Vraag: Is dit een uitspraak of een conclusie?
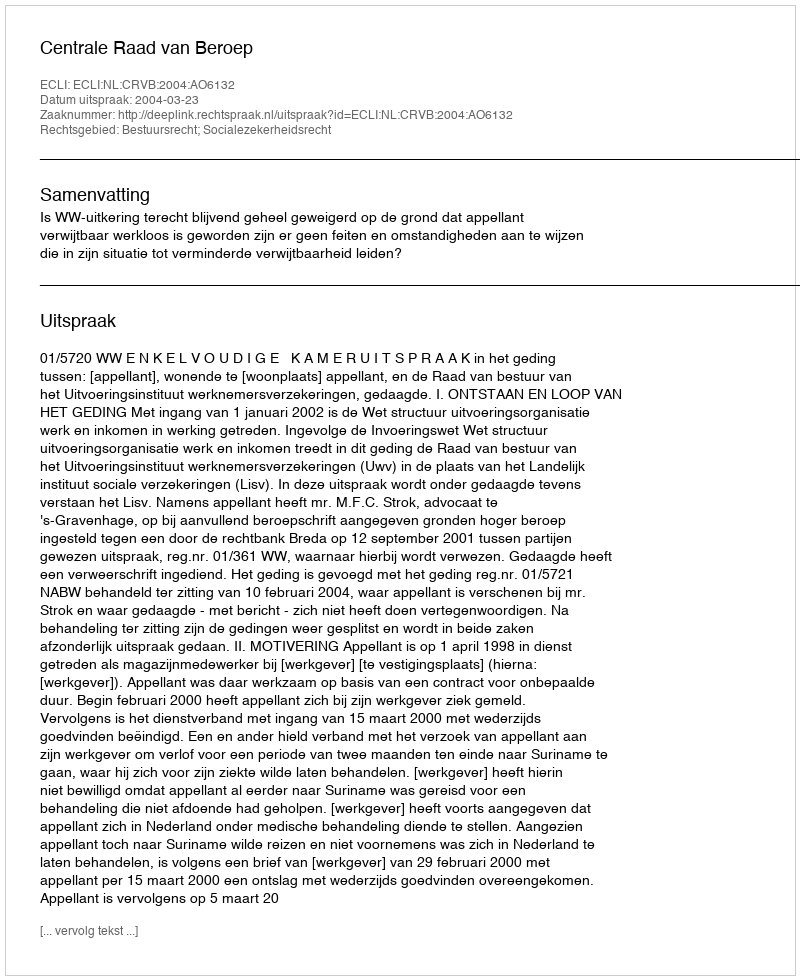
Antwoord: Uitspraak